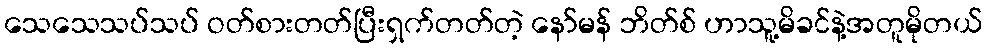
သေသေသပ်သပ် ဝတ်စားတတ်ပြီးရှက်တတ်တဲ့ နော်မန် ဘိတ်စ် ဟာသူ့မိခင်နဲ့အတူမိုတယ်